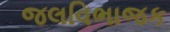
જલવિભાજક